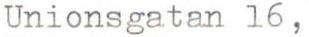
Unionsgatan 16,